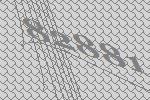
82881